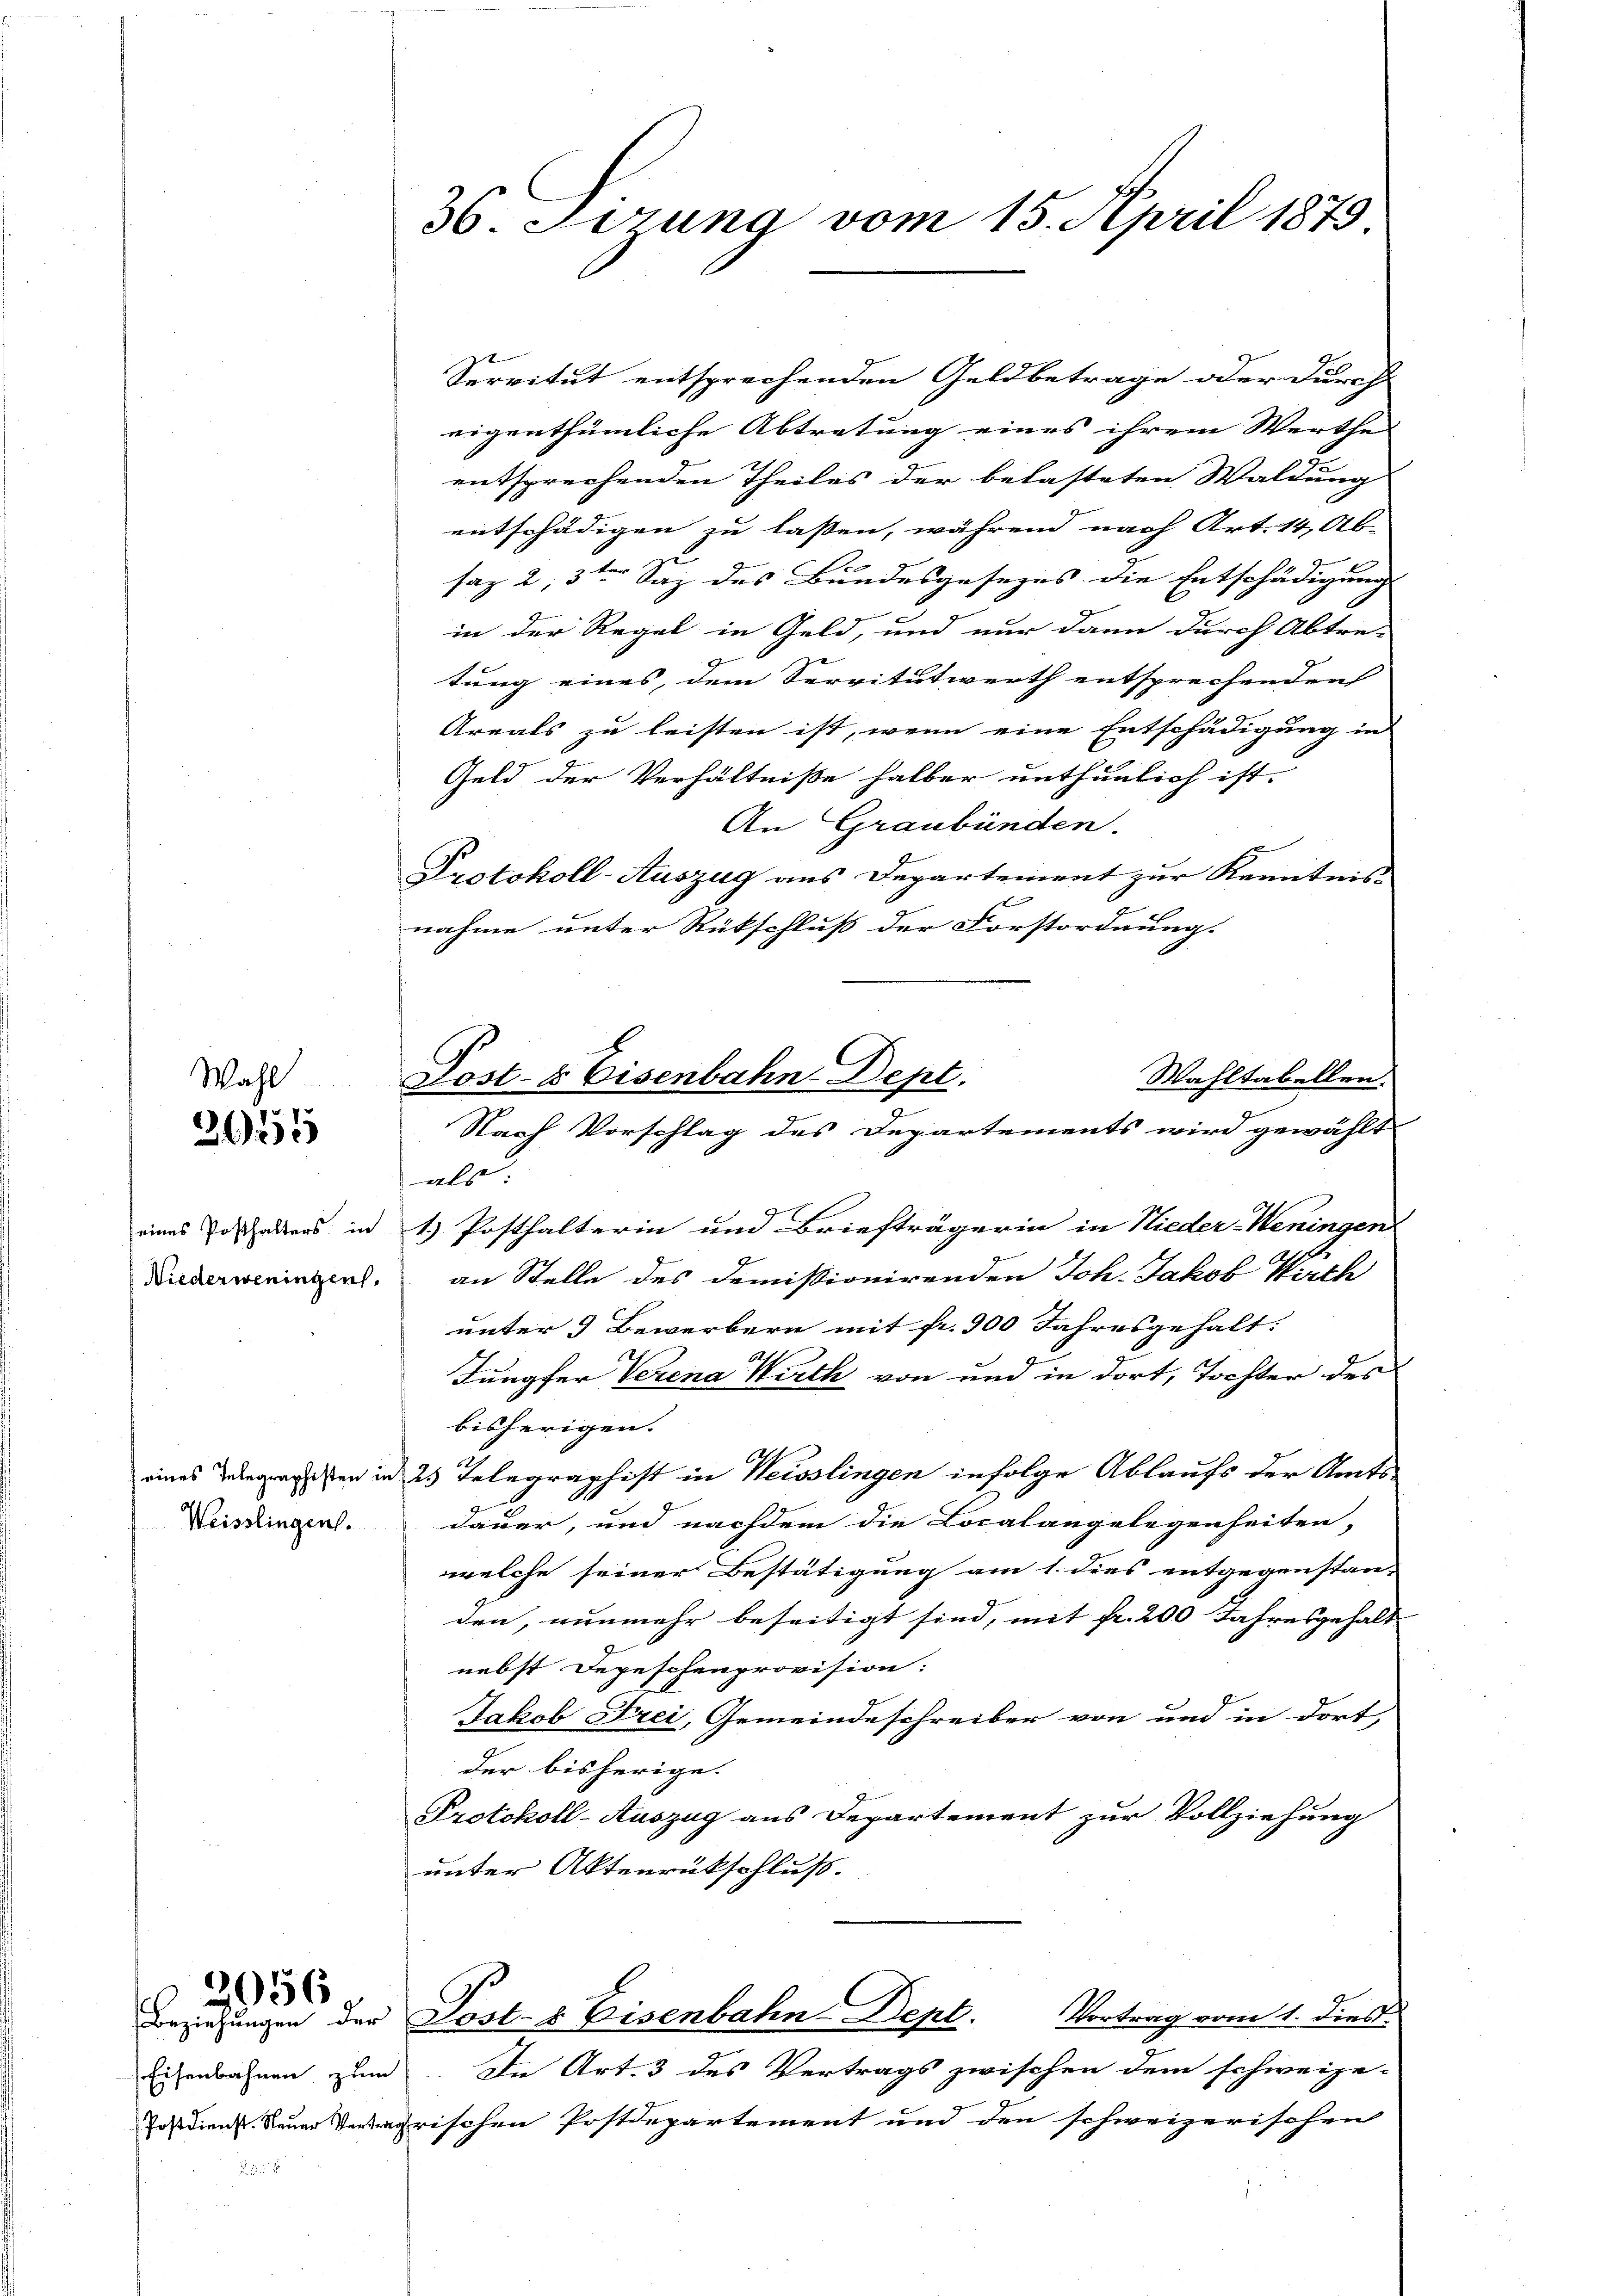
Wahl
3155

Servitut entsprechenden Geldbetrage oder durch
eigenthümliche Abtretung eines ihrem Werthe
entsprechenden Theiles der belasteten Waldung
entschädigen zu lassen, während nach Art. 14, Ab-
saz 2, 3ten Saz des Bundesgesezes die Entschädigungs
in der Regel in Geld, und nur dann durch Abtre-
tung eines, dem Servitutwerth entsprechenden |
Areals zu leisten ist, wenn eine Entschädigung in
Geld der Verhältniße halber unthunlich ist.
An Graubünden.
Protokoll-Auszug aus Departement zur Kenntnis-
nahme unter Rückschluß der Forstordnung.
Wahltabellen.
Nach Vorschlag des Departements wird gewählt
als:
eines Instalters in 1. Posthalterin und Briefträgerin in Nieder-Weningen
eren an Stelle des Demissionirenden Joh. Jakob Wirth
unter 3 Bewerbern mit fr. 900 Jahresgehalt.
Jungfer Verena Wirth von und in dort, Tochter des
bisherigen.
eines Wegessen in 2 Telegraphist in Weisslingen infolge Ablaufs der Amts-
dauer, und nachdem die Localangelegenheiten,
welche seiner Bestätigung am 1. dies entgegenstan-
den, nunmehr beseitigt sind, mit fr. 200 Jahresgehalt
nebst Depeschenprovision:
Jakob Frei, Gemeindeschreiber von und in dort,
der bisherige.
Protokoll-Auszug aus Departement zur Vollziehung
unter Aktenrückschluß.
Vortrag vom 1. dies
Beziehungen der Post- & Eisenbahn-Dept.
Eisenbahnen zum Die Art. 3 des Vertrags zwischen dem schweize-
Josdienerischen Postdepartement und den schweizerischen

Weisslingen.

3956.
.

36. Ferung vom 15. April 1879

Post- & Eisenbahn-Dept.